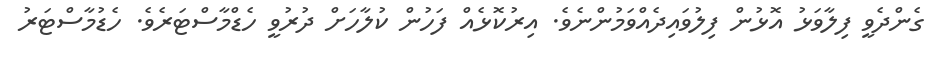
ގެންދެވީ ފިލާވަޅު އޮޅުން ފިލުވައިދެއްވަމުންނެވެ. އިރުކޮޅެއް ފަހުން ކުލާހަށް ދުރުވީ ހެޑްމާސްޓަރެވެ. ހެޑުމާސްޓަރު